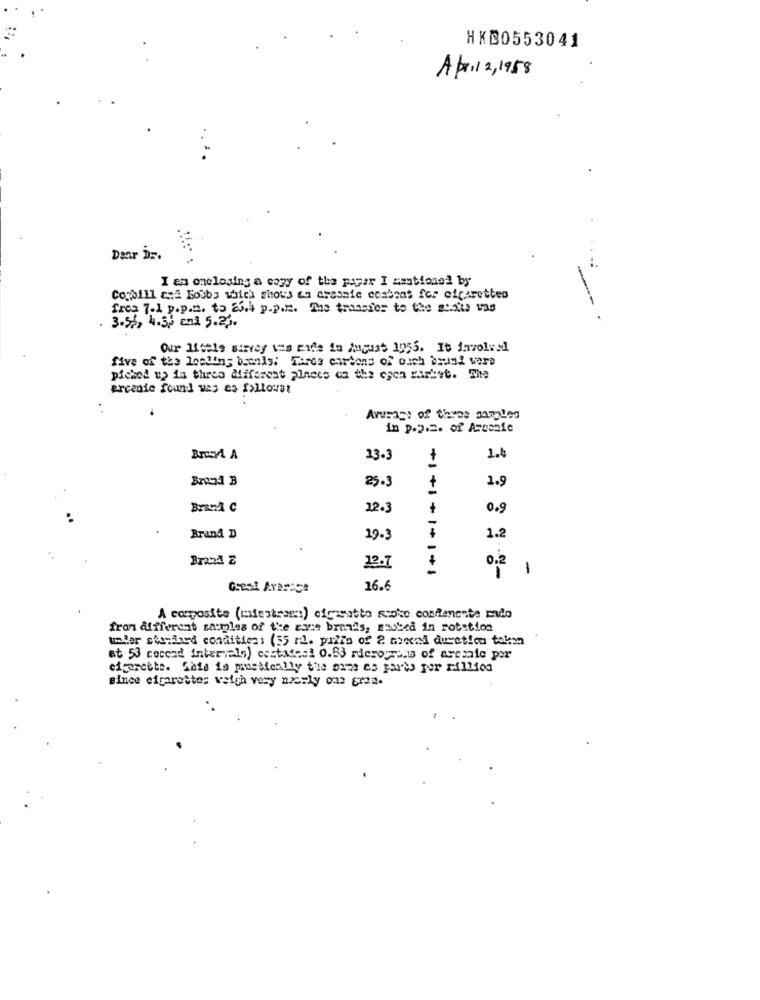
HKD0553041
Apr12, 1958
Daar Dr.
I am onelosing a copy of the paper I amotioned by
Cobill cal Boobs which shows en cresmie combons for cigarettes
fres 7.1 p.p.n. to 23.4 p.p.m. The transfer to the scoke vas
-- -
3.54, 4.53 cm3 5.25.
Our little survey was made in August 1955. It involved
five of the leading bronis; Tares cartons of ouch baund were
picked up in three different places on the egen rarist. The
ercenie found was ca followat
Average of thyes samples
in p.p.2. of Asganie
Brocy A
13-3
+
1.4
Brood B
25.3
1.9
Brand c
22.3
0.9
Brand D
19-3
1.2
Brand Z
12.7
0.2
-
1
Greol Ararics
16.6
A composite (exfestram) cigaratto Roke confianeste mado
fran different samples of the cure brands, saubed in rotation
under standard condities: (35 mil. paris of 2 Grecai duretion tokm
at 53 coccad intervals) csatadesi 0.63 rdero zi of arcsaie per
cigarette. Sais is practically the arms es porto por Million
since cigarettes weigh very nicely ons Crea-